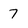
Character: 7